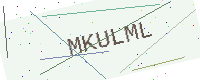
Text: MKULML